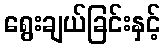
ရွေးချယ်ခြင်းနှင့်